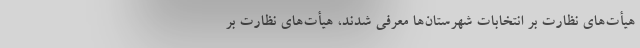
هیأت‌های نظارت بر انتخابات شهرستان‌ها معرفی شدند، هیأت‌های نظارت بر